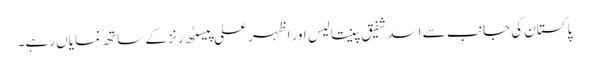
پاکستان کی جانب سے اسد شفیق پینتالیس اور اظہر علی پیسٹھ رنز کے ساتھ نمایاں رہے۔